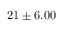
2 1 \pm 6 . 0 0